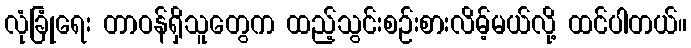
လုံခြုံရေး တာဝန်ရှိသူတွေက ထည့်သွင်းစဉ်းစားလိမ့်မယ်လို့ ထင်ပါတယ်။